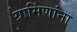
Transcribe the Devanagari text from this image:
ग्रामिणांना